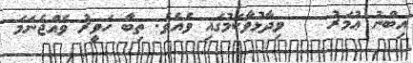
އިބްނު ޢުމަރު    ވިދާޅުވާކަމުގައި ވެއެވެ. ތިބާ ހަވީރު ވެއްޖެނަމަ